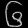
Digit: ၆